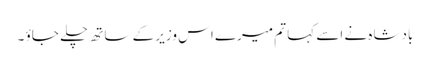
بادشاہ نے اسے کہا تم میرے اس وزیر کے ساتھ چلے جاؤ ۔